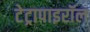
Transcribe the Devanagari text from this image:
टेट्रापाइरॉल